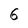
Character: 6